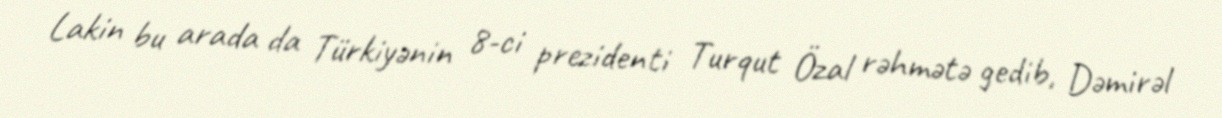
Lakin bu arada da Türkiyənin 8-ci prezidenti Turqut Özal rəhmətə gedib, Dəmirəl